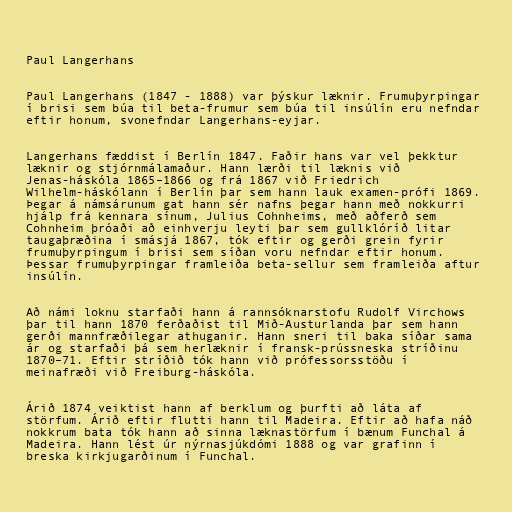
Paul Langerhans

Paul Langerhans (1847 - 1888) var þýskur læknir. Frumuþyrpingar
í brisi sem búa til beta-frumur sem búa til insúlín eru nefndar
eftir honum, svonefndar Langerhans-eyjar.

Langerhans fæddist í Berlín 1847. Faðir hans var vel þekktur
læknir og stjórnmálamaður. Hann lærði til læknis við
Jenas-háskóla 1865–1866 og frá 1867 við Friedrich
Wilhelm-háskólann í Berlín þar sem hann lauk examen-prófi 1869.
Þegar á námsárunum gat hann sér nafns þegar hann með nokkurri
hjálp frá kennara sínum, Julius Cohnheims, með aðferð sem
Cohnheim þróaði að einhverju leyti þar sem gullklóríð litar
taugaþræðina í smásjá 1867, tók eftir og gerði grein fyrir
frumuþyrpingum í brisi sem síðan voru nefndar eftir honum.
Þessar frumuþyrpingar framleiða beta-sellur sem framleiða aftur
insúlín.

Að námi loknu starfaði hann á rannsóknarstofu Rudolf Virchows
þar til hann 1870 ferðaðist til Mið-Austurlanda þar sem hann
gerði mannfræðilegar athuganir. Hann sneri til baka síðar sama
ár og starfaði þá sem herlæknir í fransk-prússneska stríðinu
1870–71. Eftir stríðið tók hann við prófessorsstöðu í
meinafræði við Freiburg-háskóla.

Árið 1874 veiktist hann af berklum og þurfti að láta af
störfum. Árið eftir flutti hann til Madeira. Eftir að hafa náð
nokkrum bata tók hann að sinna læknastörfum í bænum Funchal á
Madeira. Hann lést úr nýrnasjúkdómi 1888 og var grafinn í
breska kirkjugarðinum í Funchal.